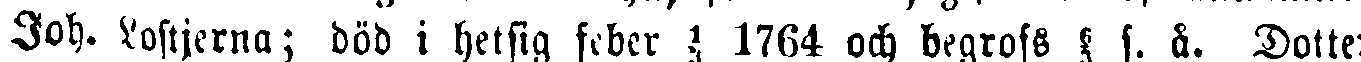
Joh. Lostjerna; död i hetsig feber 1, 1764 och begrofs f. å. Dotter